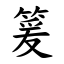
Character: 䈠